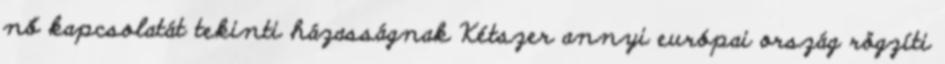
nő kapcsolatát tekinti házasságnak Kétszer annyi európai ország rögzíti